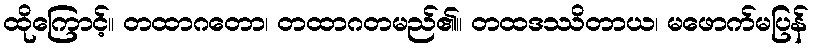
ထိုကြောင့်။ တထာဂတော၊ တထာဂတမည်၏။ တထဒဿိတာယ၊ မဖောက်မပြန်